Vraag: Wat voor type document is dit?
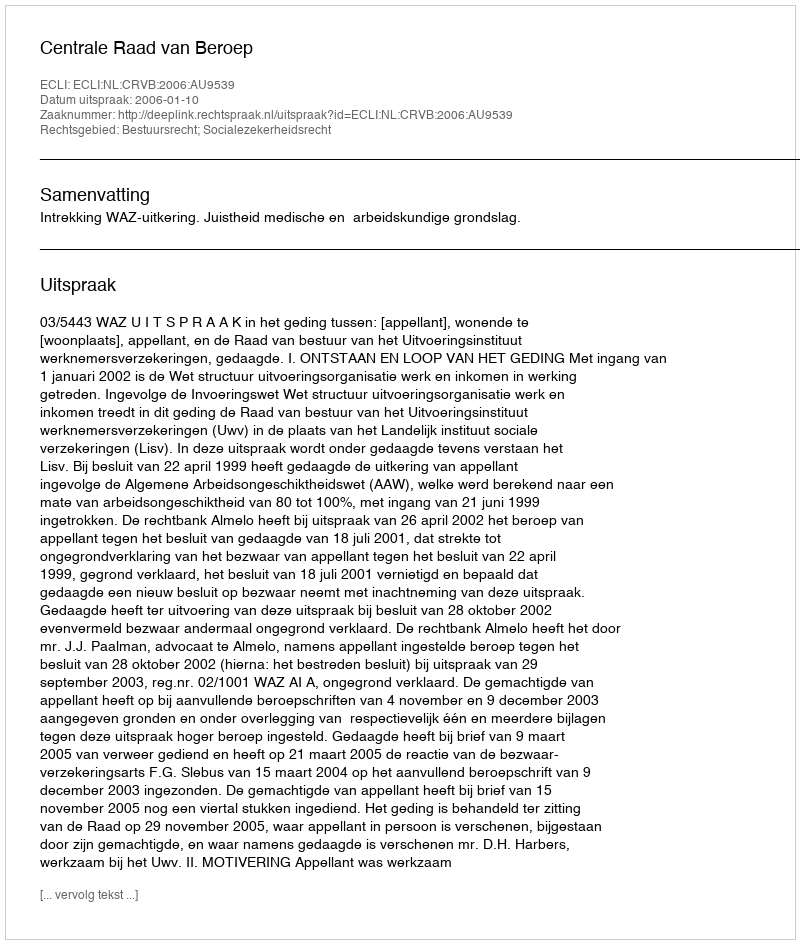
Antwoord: Uitspraak